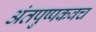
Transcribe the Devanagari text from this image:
अंतपुष्पकवच